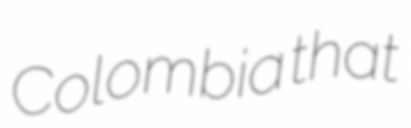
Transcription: Colombia that